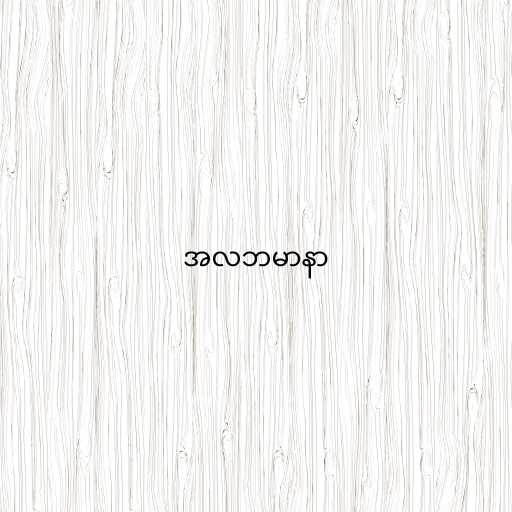
အလဘမာနာ